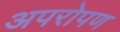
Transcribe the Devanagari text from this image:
अपरोपण